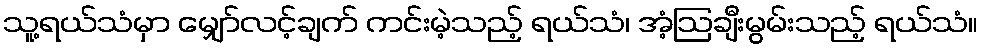
သူ့ရယ်သံမှာ မျှော်လင့်ချက် ကင်းမဲ့သည့် ရယ်သံ၊ အံ့ဩချီးမွမ်းသည့် ရယ်သံ။